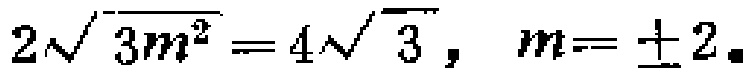
$2\sqrt{3m^{2}} = 4\sqrt{3}, \ m = \pm 2.$